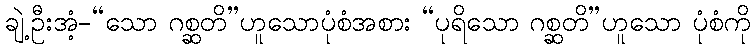
ချဲ့ဦးအံ့-“သော ဂစ္ဆတိ”ဟူသောပုံစံအစား “ပုရိသော ဂစ္ဆတိ”ဟူသော ပုံစံကို